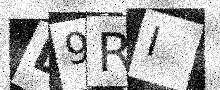
Text: D9RI